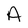
Character: A